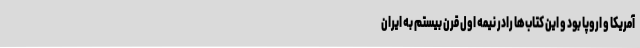
آمریکا و اروپا بود و این کتاب‌ها رادر نیمه اول قرن بیستم به ایران